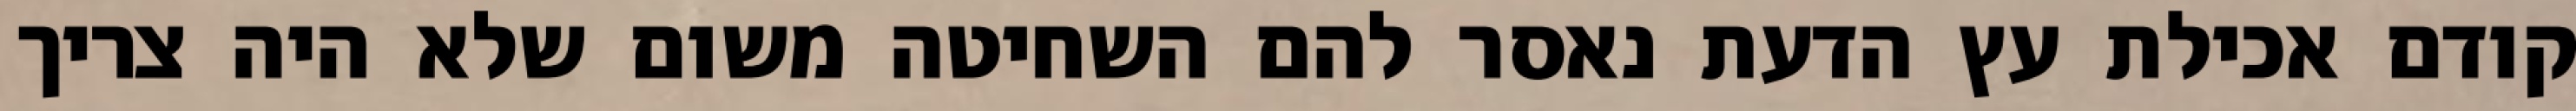
קודם אכילת עץ הדעת נאסר להם השחיטה משום שלא היה צריך